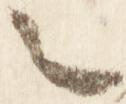
言